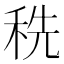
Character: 𰨥